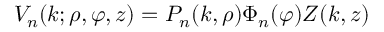
V _ { n } ( k ; \rho , \varphi , z ) = P _ { n } ( k , \rho ) \Phi _ { n } ( \varphi ) Z ( k , z )